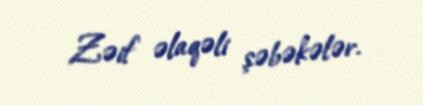
Zəif əlaqəli şəbəkələr.